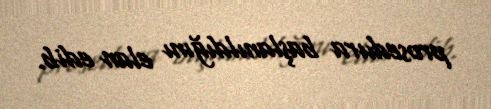
prosedura başlanıldığını elan edib.